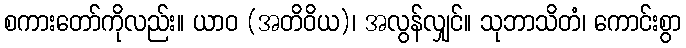
စကားတော်ကိုလည်း။ ယာဝ (အတိဝိယ)၊ အလွန်လျှင်။ သုဘာသိတံ၊ ကောင်းစွာ